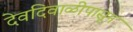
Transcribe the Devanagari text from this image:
देवदिवाळीपासून